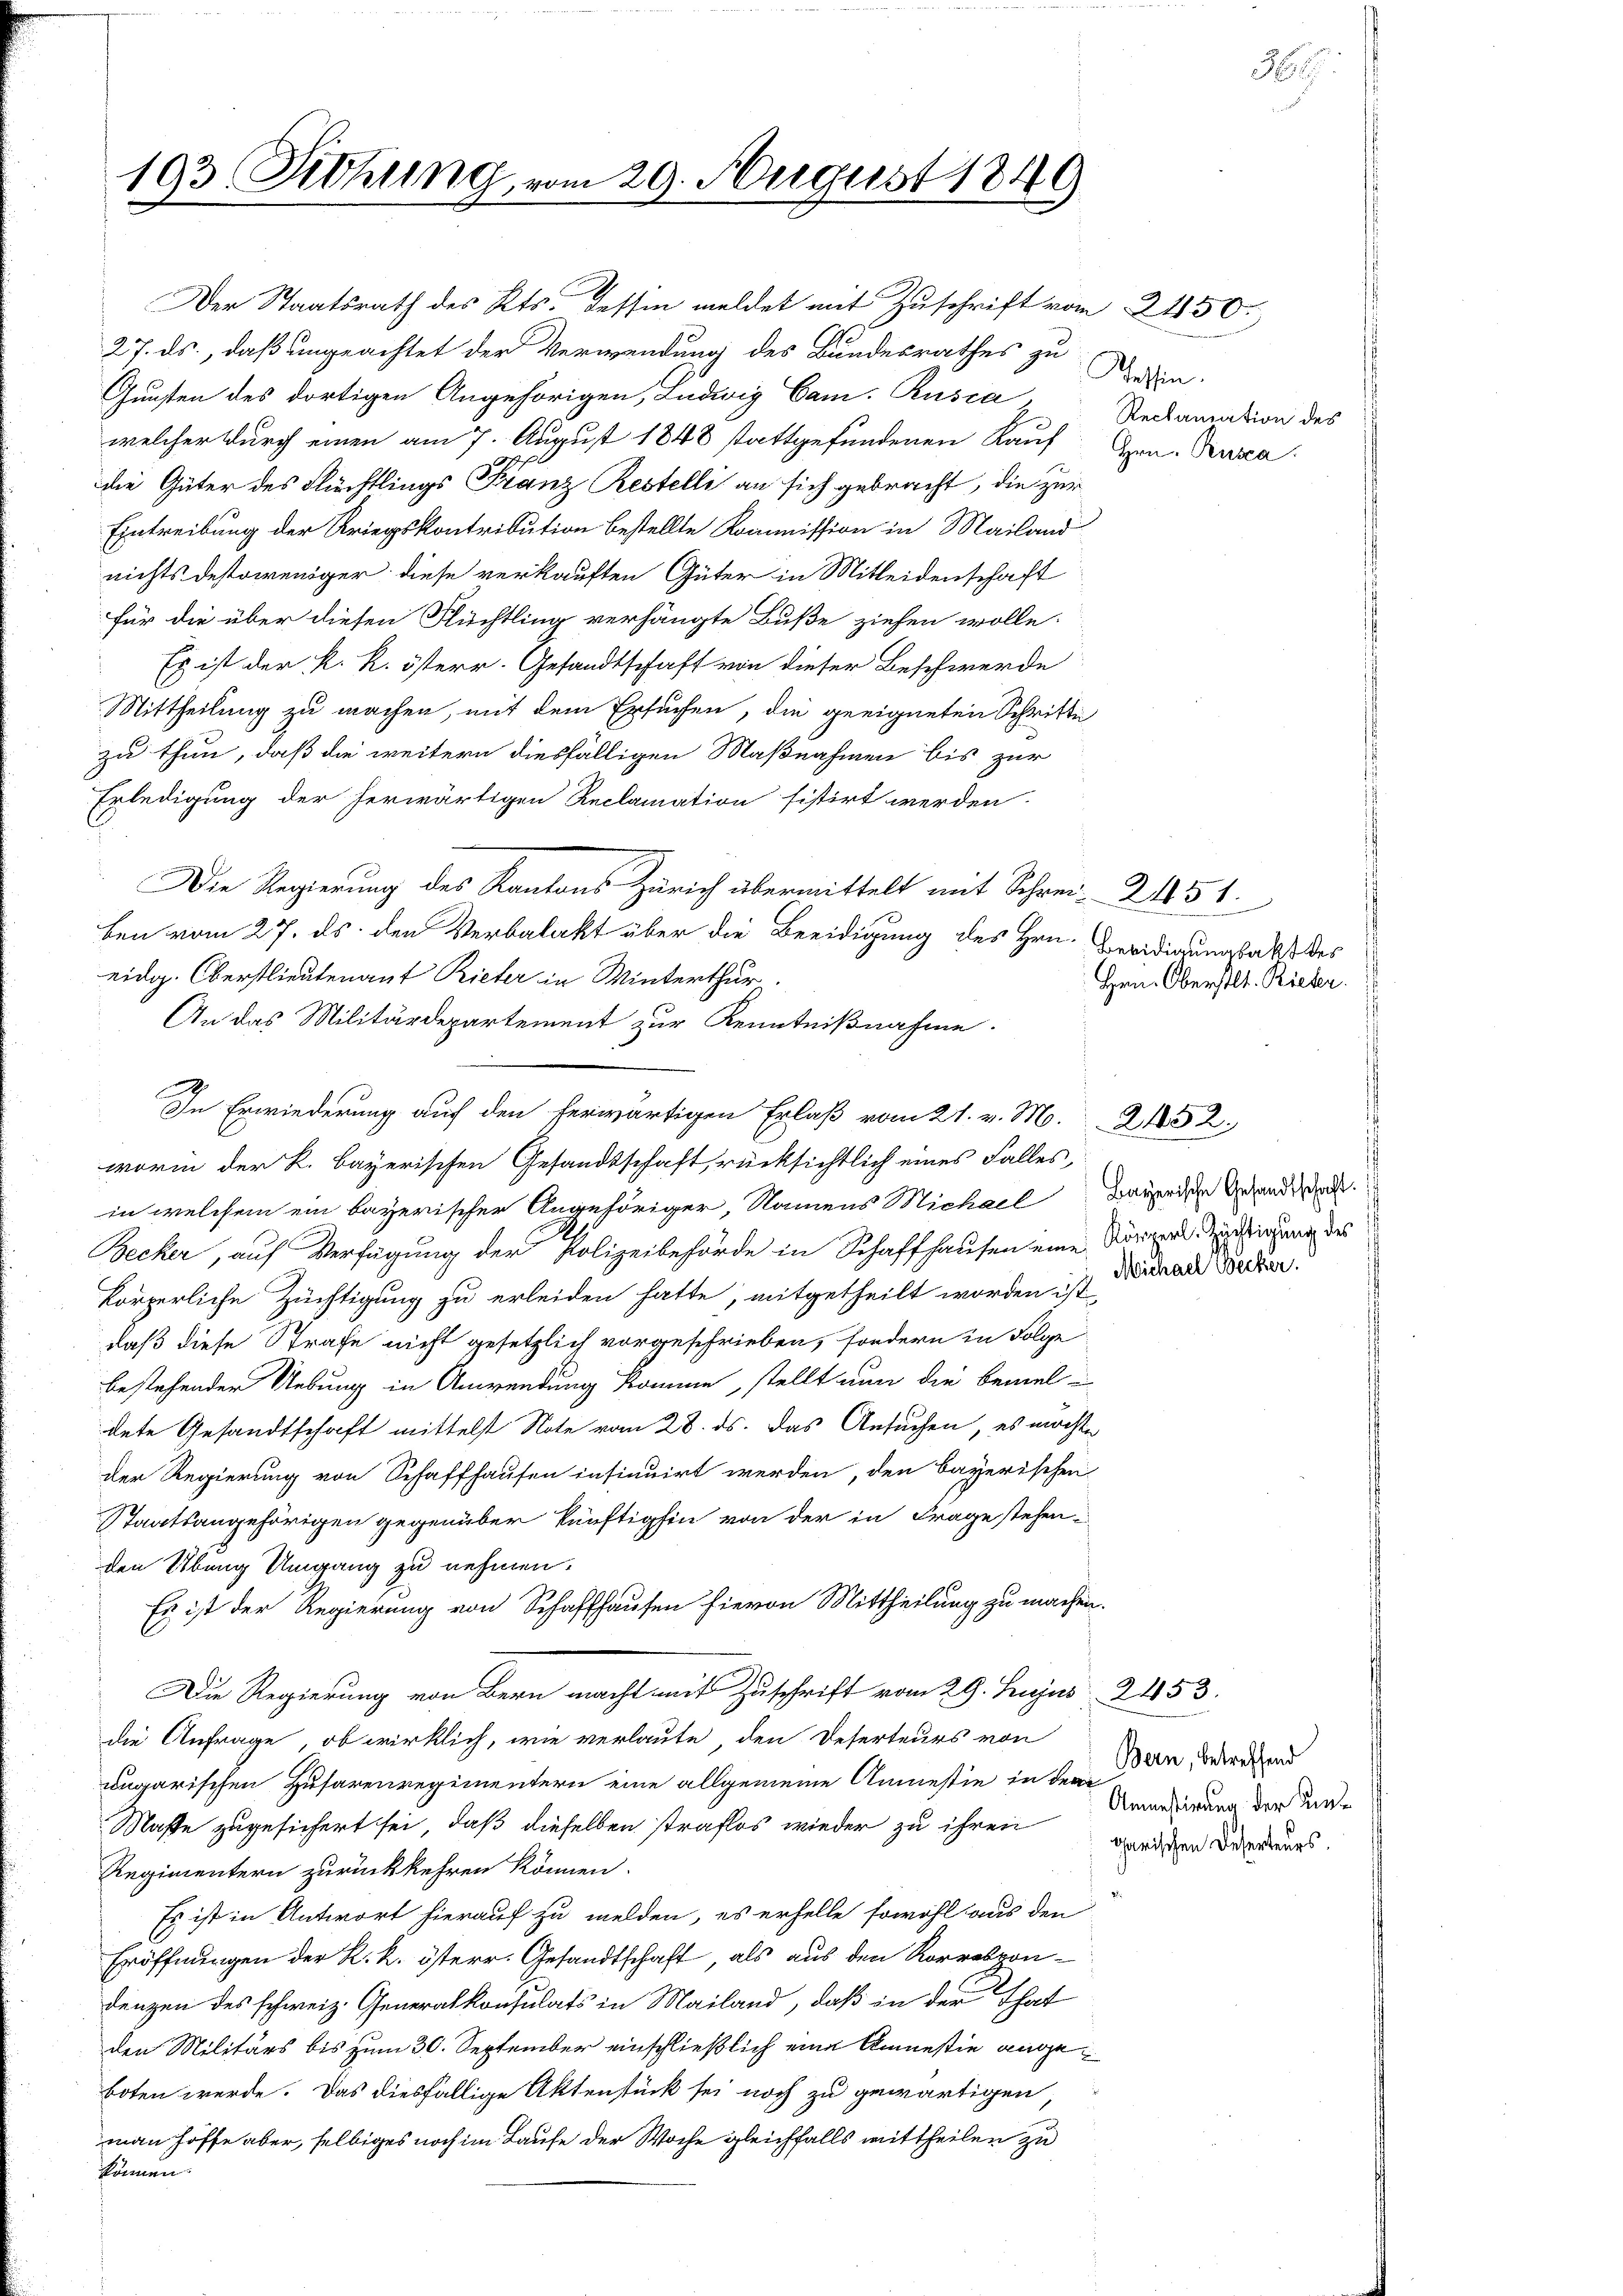
193 Rohung, von

Der Staatsrath des Kts. Tessin meldet mit Zuschrift vom 2450.
27. ds., daß ungeachtet der Verwendung des Bundesrathes zu
Gunsten des dortigen Angehörigen, Ludwig Cam. Rusca
welcher durch einen am 7. August 1848 stattgefundenen Kauf Hrn. Kura
die Güter des Flüchtlings Franz Restelli an sich gebracht, die zur
Eintreibung der Kriegskontribution bestellte Kommission in Mailand
nichts destoweniger diese verkauften Güter in Mitleidenschaft
für die über diesen Flüchtling verhängte Buße ziehen wolle.
Es ist der k. k. österr. Gesandtschaft von dieser Beschwerde
Mittheilung zu machen, mit dem Ersuchen, die geeigneten Schritte
zu thun, daß die weitern diesfälligen Maßnahmen bis zur
Erledigung der herwärtigen Reclamation sistirt werden.
Die Regierung des Kantons Zürich übermittelt mit Schrei- 2 451.
ben vom 27. ds. den Verbalakt über die Beeidigung des Hrn. Beeidigungsables
eidg. Oberstlieutenant Rieter in Winterthur.
An das Militärdepartement zur Kenntnißnahme.
.
In Erwiederung auf den herwärtigen Erlaß vom 21. v. M. 252.
worin der K. Bayerischen Gesandtschaft, rücksichtlich eines Falles,
in welchem ein bayerischer Angehöriger, Namens Michael Bayerische Gesandten.
Becker, auf Verfügung der Polizeibehörde in Schaffhausen eine Körner Zustigung des
körperliche Züchtigung zu erleiden hatte, mitgetheilt worden ist,
daß diese Strafe nicht gesetzlich vorgeschrieben, sondern in Folge
bestehender Uebung in Anwendung komme, stellt nun die bemeldete Gesandtschaft mittelst Note vom 28. ds. Das Ansuchen, es möchte
der Regierung von Schaffhausen insinuirt werden, den bayerischen
Staatsangehörigen gegenüber künftighin von der in Frage stehen-
den Übung Umgang zu nehmen.
Es ist der Regierung von Schaffhausen hievon Mittheilung zu machen.
Die Regierung von Bern macht mit Zuschrift vom 29. hujus 2453.
die Anfrage, ob wirklich, wie verlaute den Deserteurs von
ungarischen Husarenregimentern eine allgemeine Anmestie in der
Maste zugesichert sei, daß dieselben straflos wieder zu ihren darinen Berneurs.
Regimentern zurückkehren können.
Es ist in Antwort hierauf zu melden, es erhelle sowohl aus den
Eröffnungen der K. k. österr. Gesandtschaft, als aus den Korrespondenzen des schweiz. Generalkonsulats in Mailand, daß in der That
den Militärs bis zum 30. September einschließlich eine Amnestie angeboten werde. Das diesfällige Aktenstück sei noch zu gewärtigen
man hoffe aber, selbiges noch im Laufe der Woche gleichfalls mittheilen zu
können.

29. August 1849

Tessin.
Reclamation des

Hrn. Oberstl. Rieser.

Michael Becker.

Bern, betreffend
Amnestirung der Kin¬